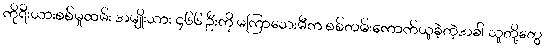
ကိုရီးယားစစ်မှုထမ်း အမျိုးသား ၄၆၆ ဦးကို မကြာသေးမီက စစ်တမ်းကောက်ယူခဲ့တဲ့အခါ သူတို့တွေ